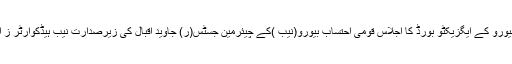
بدھ کو قومی احتساب بیورو کے ایگزیکٹو بورڈ کا اجلاس قومی احتساب بیورو(نیب )کے چیئرمین جسٹس(ر) جاوید اقبال کی زیرصدارت نیب ہیڈکوارٹر ز اسلام آبادمیں منعقد ہوا۔